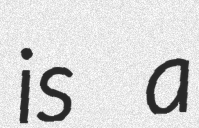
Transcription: is a